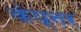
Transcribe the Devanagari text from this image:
केप्नर